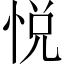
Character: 悦